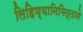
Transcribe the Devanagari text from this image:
लिहिण्यानिमित्ताने